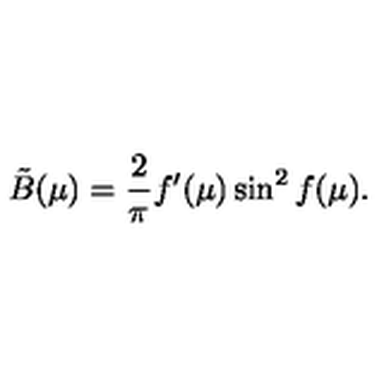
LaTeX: { \tilde { B } } ( \mu ) = \frac { 2 } { \pi } f ^ { \prime } ( \mu ) \sin ^ { 2 } f ( \mu ) .